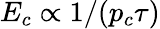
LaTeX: E_{c}\propto 1/(p_{c}\tau)